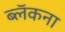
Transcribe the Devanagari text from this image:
ब्लॅकना